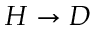
H \rightarrow D